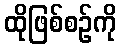
ထိုဖြစ်စဉ်ကို